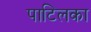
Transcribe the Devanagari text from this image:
पाटिलका